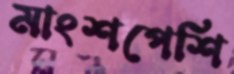
মাংশপেশি